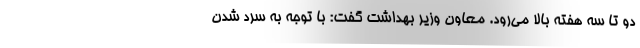
دو تا سه هفته بالا می‌رود. معاون وزیر بهداشت گفت: با توجه به سرد شدن